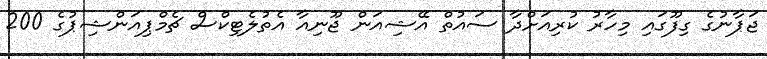
ޖަޕާނުގެ ގިފޫގައި މިހާރު ކުރިއަށްދާ ސައުތް އޭޝިއަން ޖޫނިއާ އެތުލެޓިކްސް ޗެމްޕިއަންޝިޕުގެ 200